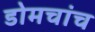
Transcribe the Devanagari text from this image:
डोमचांच